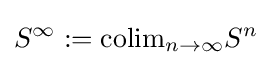
S^{\infty }:=\mathrm {colim} _{n\to \infty }S^{n}